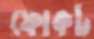
ফোকট